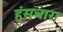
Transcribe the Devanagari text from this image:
हंसचारा